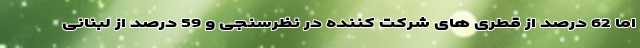
اما 62 درصد از قطری های شرکت کننده در نظرسنجی و 59 درصد از لبنانی